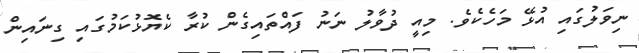
ނިވަލުގައި އުޅޭ މަހެކެވެ. މިއީ ދުވާލު ނަނު ފައްތައިގެން ކުރާ ކެޔޮޅުކަމުގައި ގިނައިން